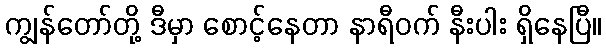
ကျွန်တော်တို့ ဒီမှာ စောင့်နေတာ နာရီဝက် နီးပါး ရှိနေပြီ။